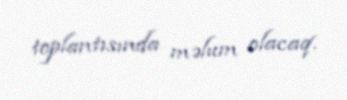
toplantısında məlum olacaq.